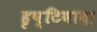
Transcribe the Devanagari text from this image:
हृष्टिवाद।